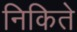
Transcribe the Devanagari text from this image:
निकिते